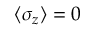
\langle \sigma _ { z } \rangle = 0